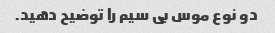
دو نوع موس بی سیم را توضیح دهید.